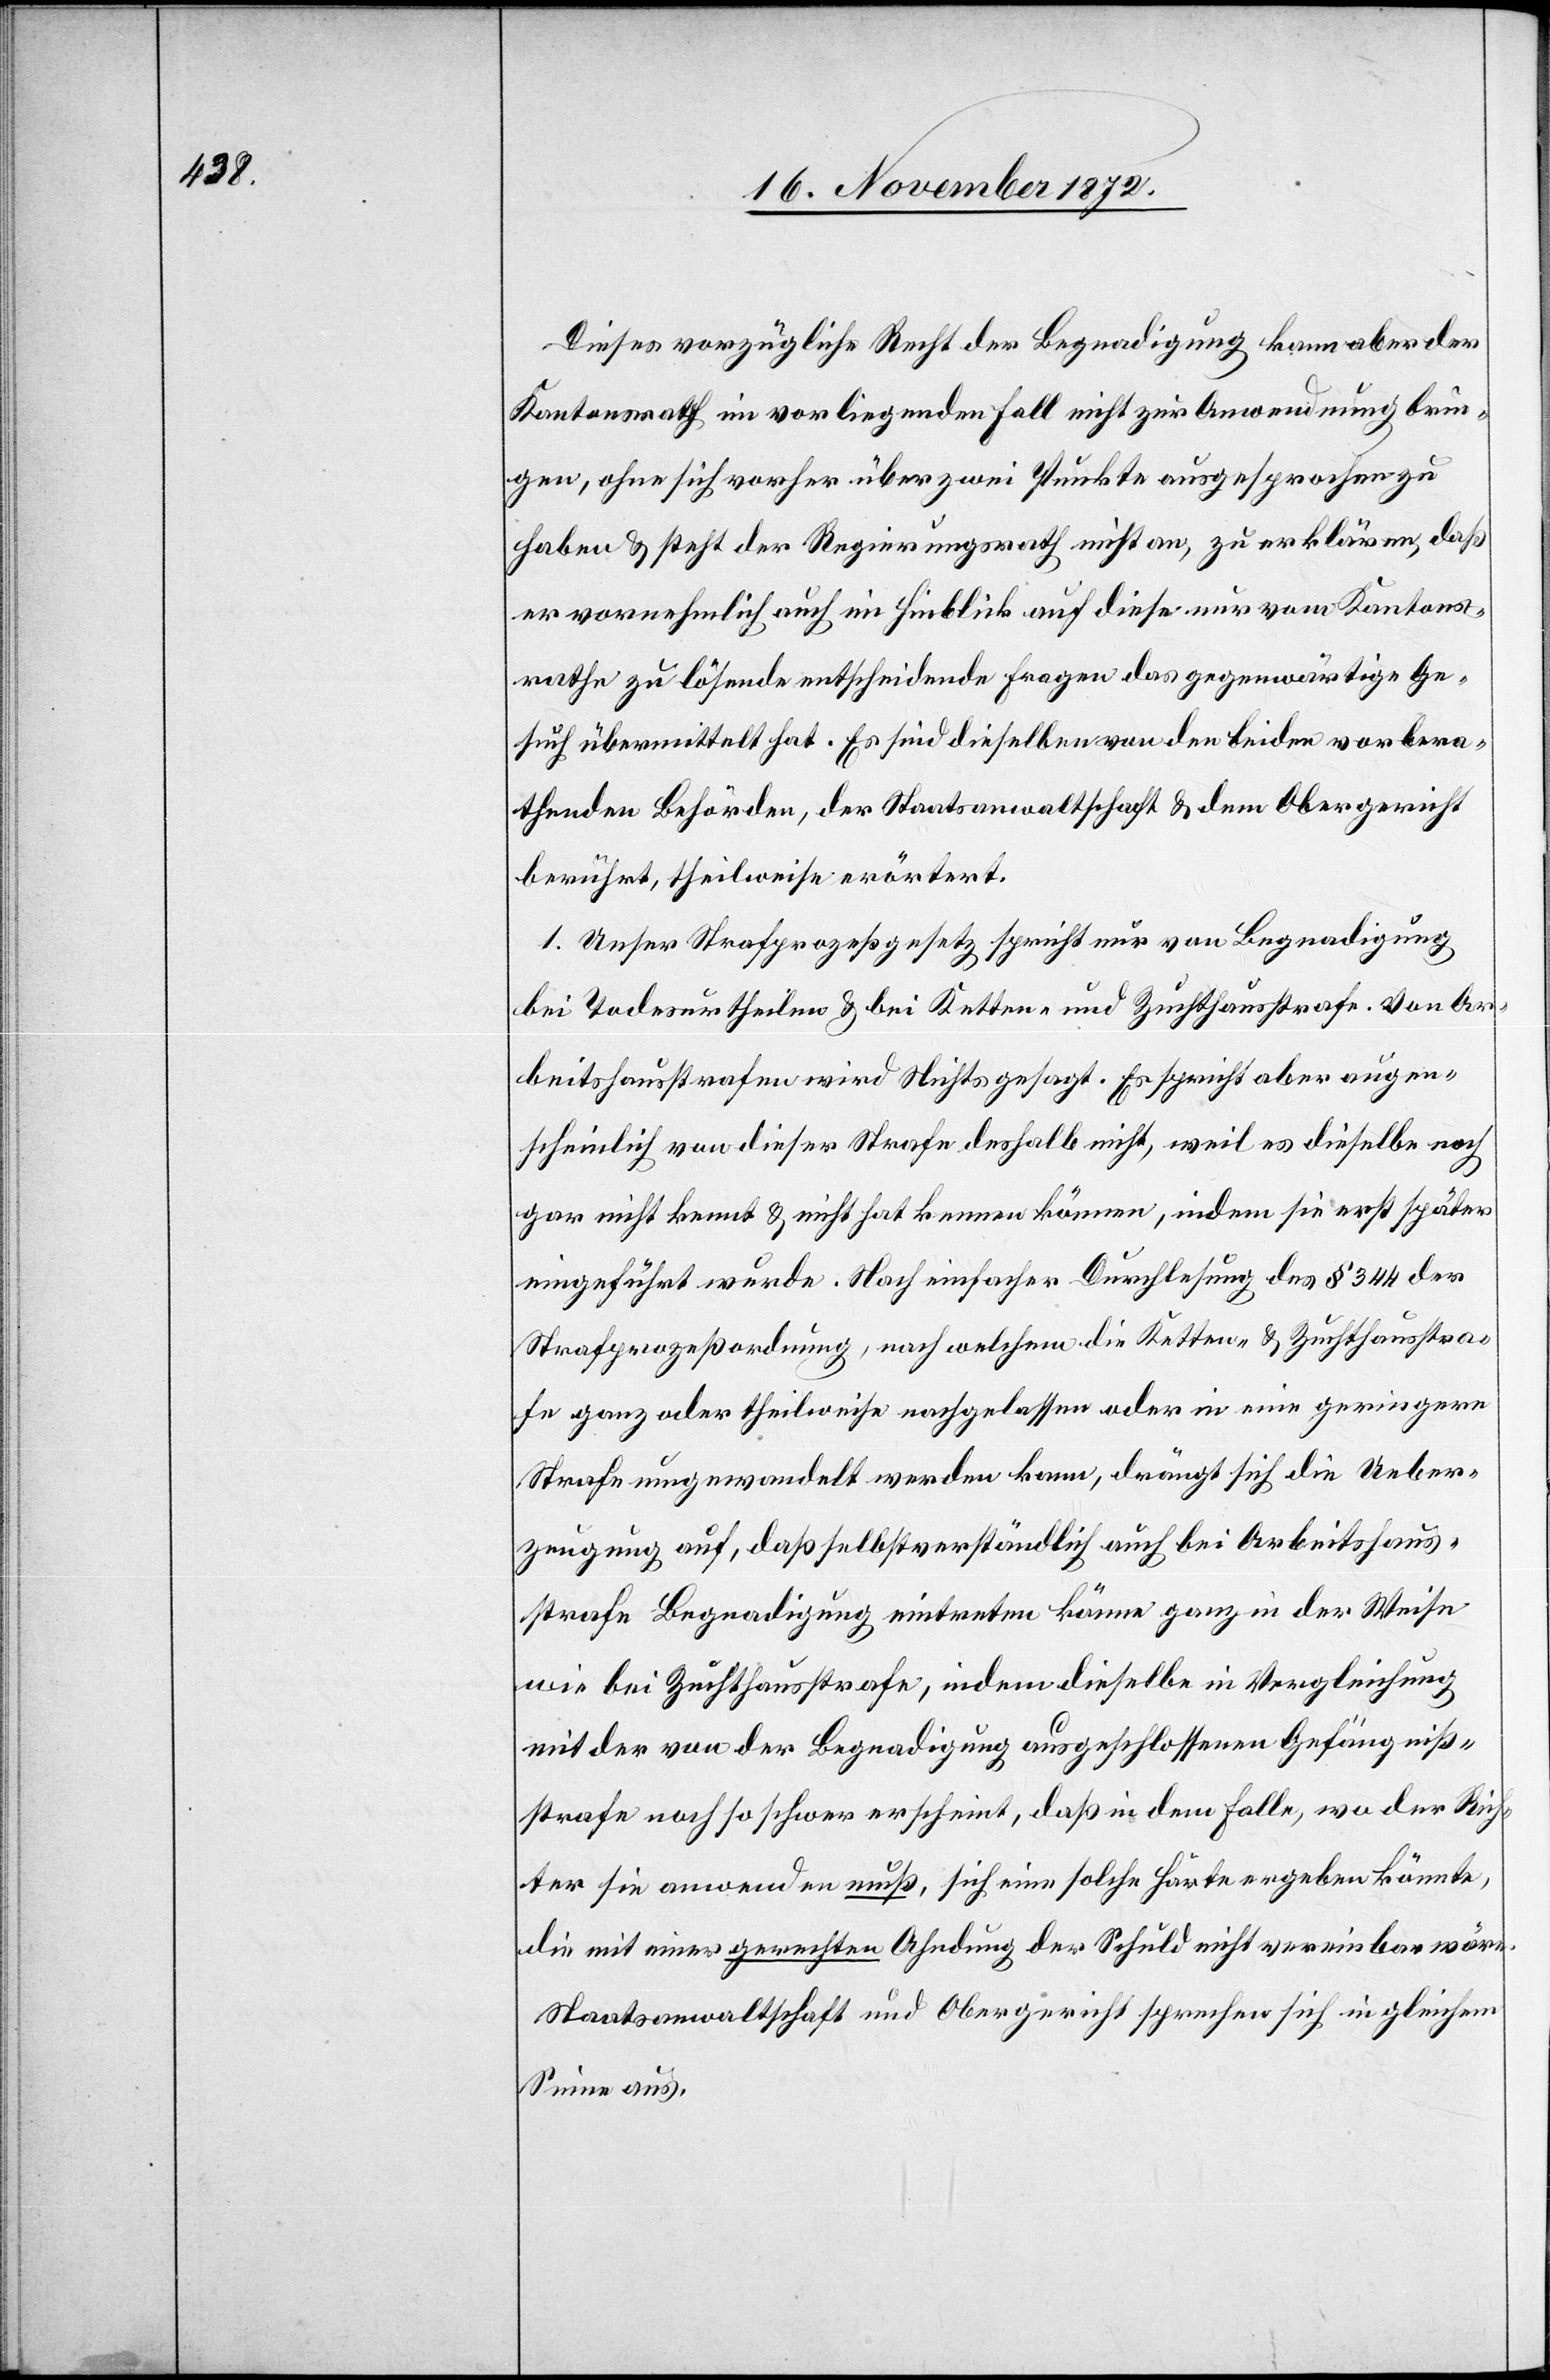
Dieses vorzügliche Recht der Begnadigung kann aber der
Kantonsrath im vorliegenden Fall nicht zur Anwendung brin¬
gen, ohne sich vorher über zwei Punkte ausgesprochen zu
haben u. steht der Regierungsrath nicht an, zu erklären, daß
er vornehmlich auch im Hinblick auf diese nur vom Kantons¬
rathe zu lösende entscheidende Fragen das gegenwärtige Ge¬
such übermittelt hat. Es sind dieselben von den beiden vorbera¬
thenden Behörden, der Staatsanwaltschaft u. dem Obergericht
berührt, theilweise erörtert.
1. Unser Strafprozeßgesetz spricht nur von Begnadigung
bei Todesurtheilen u. bei Ketten- und Zuchthausstrafe. Von Ar¬
beitshausstrafen wird Nichts gesagt. Es spricht aber augen¬
scheinlich von dieser Strafe deshalb nicht, weil es dieselbe noch
gar nicht kennt u. nicht hat kennen können, indem sie erst später
eingeführt wurde. Nach einfacher Durchlesung des § 344 der
Strafprozeßordnung, nach welchem die Ketten- u. Zuchthausstra¬
fe ganz oder theilweise nachgelassen oder in eine geringere
Strafe umgewandelt werden kann, drängt sich die Ueber¬
zeugung auf, daß selbstverständlich auch bei Arbeitshaus¬
strafe Begnadigung eintreten könne ganz in der Weise
wie bei Zuchthausstrafe, indem dieselbe in Vergleichung
mit der von der Begnadigung ausgeschlossenen Gefängniß¬
strafe noch so schwer erscheint, daß in dem Falle, wo der Rich¬
ter sie anwenden muß, sich eine solche Härte ergeben könnte,
die mit einer gerechten Ahndung der Schuld nicht vereinbar wäre.
Staatsanwaltschaft und Obergericht sprechen sich in gleichem
Sinne aus.